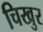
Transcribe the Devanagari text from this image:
चिखुर